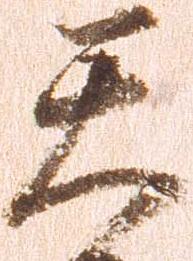
天